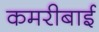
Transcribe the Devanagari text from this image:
कमरीबाई